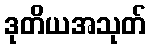
ဒုတိယအသုတ်